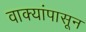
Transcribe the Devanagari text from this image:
वाक्यांपासून